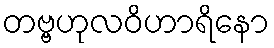
တဗ္ဗဟုလဝိဟာရိနော